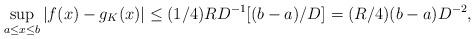
LaTeX: \begin{align*}\sup_{a\le x\le b}|f(x)-g_K(x)|\le(1/4)RD^{-1}[(b-a)/D]=(R/4)(b-a)D^{-2},\end{align*}